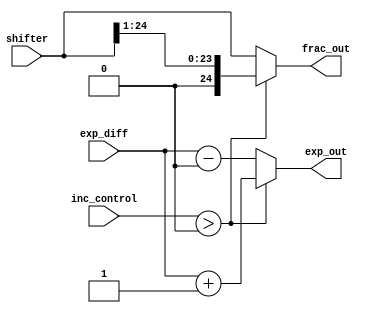
`timescale 1ns / 1ps
//////////////////////////////////////////////////////////////////////////////////
// Company: 
// Engineer: 
// 
// Design Name: 
// Module Name:    final 
// Project Name: 
// Target Devices: 
// Tool versions: 
// Description: 
//
// Dependencies: 
//
// Revision: 
// Revision 0.01 - File Created
// Additional Comments: 
//
//////////////////////////////////////////////////////////////////////////////////
module final(
    input [7:0] exp_diff,
    input inc_control,
    input [24:0] shifter,
    output reg[7:0] exp_out,
    output reg [24:0] frac_out
    );

	always@(*)
	begin
		if(inc_control > 0)
			begin
				exp_out = exp_diff + 8'b1;
				frac_out = shifter >> 1'b1;
			end

		else
			begin
				exp_out = exp_diff - 8'b0;
				frac_out = shifter << 1'b0;				
			end
	end
endmodule